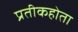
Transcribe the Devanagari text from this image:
प्रतीकहोता